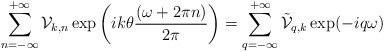
\begin{align*}\sum_{n=-\infty}^{+\infty} {\cal V}_{k,n}\exp\left(ik\theta\frac{(\omega+2\pi n)}{2\pi}\right)= \sum_{q=-\infty}^{+\infty}\tilde{\cal V}_{q,k}\exp(-iq\omega )\end{align*}